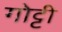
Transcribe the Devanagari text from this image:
गोट्टी